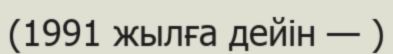
(1991 жылға дейін — )